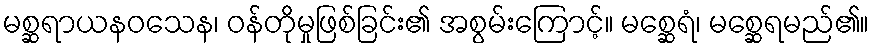
မစ္ဆရာယနဝသေန၊ ဝန်တိုမှုဖြစ်ခြင်း၏ အစွမ်းကြောင့်။ မစ္ဆေရံ၊ မစ္ဆေရမည်၏။